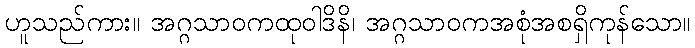
ဟူသည်ကား။ အဂ္ဂသာဝကထုဝါဒိနိ၊ အဂ္ဂသာဝကအစုံအစရှိကုန်သော။